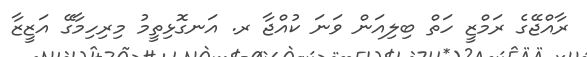
ރާއްޖޭގެ ރަމްޒީ ހަތް ބިލިއަން ވަނަ ކުއްޖާ ރ. އަނގޮޅިތީމު މިރިހިމާގޭ އަޒީޒާ